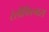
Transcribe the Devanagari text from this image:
टेलीफिल्मस